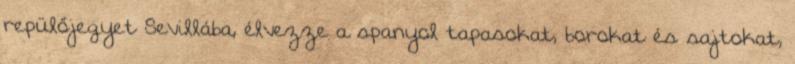
repülőjegyet Sevillába, élvezze a spanyol tapasokat, borokat és sajtokat,